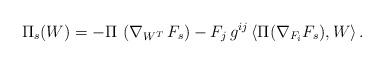
LaTeX: \begin{align*} \Pi_s (W) = - \Pi \, \left( \nabla_{W^T} \, F_s \right) - F_j \, g^{ij} \, \langle \Pi ( \nabla_{F_i} F_s ) , W \rangle \, . \end{align*}